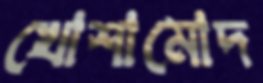
খোশামোদ